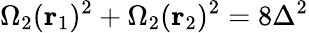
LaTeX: \Omega_{2}({\mathbf r}_{1})^{2}+\Omega_{2}({\mathbf r}_{2})^{2}=8\Delta^{2}